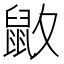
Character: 𪔻